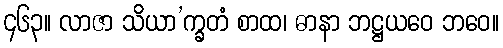
၄၆၃။ လာဇာ သိယာ’က္ခတံ စာထ၊ ဓာနာ ဘဋ္ဌယဝေ ဘဝေ။